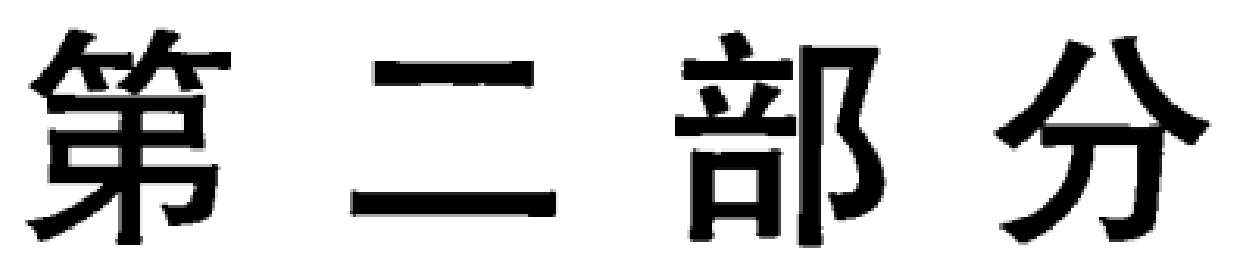
第二部分